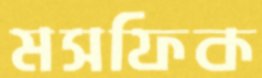
মসফিক